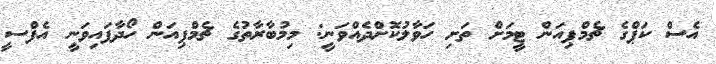
އެސް ކަޕްގެ ޗެމްޕިއަން ޓީމަށް ތަށި ހަވާލުކޮށްދެއްވަނީ: މިމުބާރާތުގެ ޗެމްޕިއަން ހޯދާފައިވަނީ އެފްސީ